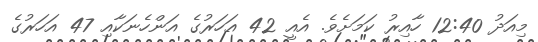
މިއަދު 12:40 ހާއިރު ކަމަށެވެ. އެއީ 42 އަހަރުގެ އަންހެނަކާއި 47 އަހަރުގެ